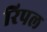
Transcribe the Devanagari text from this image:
रिपल